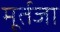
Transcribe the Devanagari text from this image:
मूर्तजा